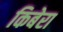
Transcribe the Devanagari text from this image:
किबेरा